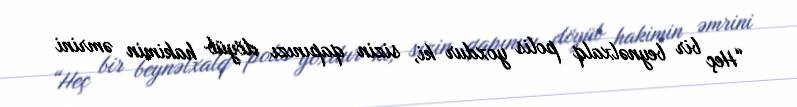
“Heç bir beynəlxalq polis yoxdur ki, sizin qapınızı döyüb hakimin əmrini